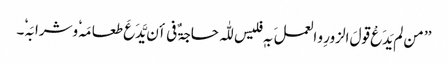
’’ من لم یَدَعْ قولَ الزورِ و العملَ بہٖ فلیس للّٰہ حاجۃٌ فی أن یَّدَعَ طعامَہٗ وشرابَہٗ۔